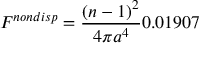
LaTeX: F ^ { n o n d i s p } = \frac { ( n - 1 ) ^ { 2 } } { 4 \pi a ^ { 4 } } 0 . 0 1 9 0 7